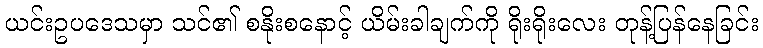
ယင်းဥပဒေသမှာ သင်၏ စနိုးစနောင့် ယိမ်းခါချက်ကို ရိုးရိုးလေး တုန့်ပြန်နေခြင်း